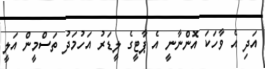
އަދި އެ ވާހަކަ އޮންނާނީ އެ ޕާޓީގެ ލީޑަރު އަހުމަދު ތަސްމީން އަލީ